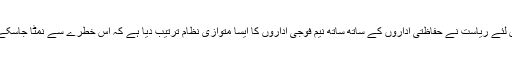
اس لئے ریاست نے حفاظتی اداروں کے ساتھ ساتھ نیم فوجی اداروں کا ایسا متوازی نظام ترتیب دیا ہے کہ اس خطرے سے نمٹا جاسکے ۔